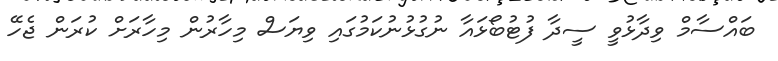
ބައްސާމް ވިދާޅުވީ ސީދާ ފުޓުބޯޅައާ ނުގުޅުނުކަމުގައި ވިޔަސް މިހާރުން މިހާރަށް ކުރަން ޖެހޭ